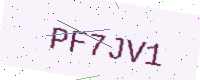
Text: PF7JV1